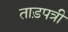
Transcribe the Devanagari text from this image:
ताड़पत्री